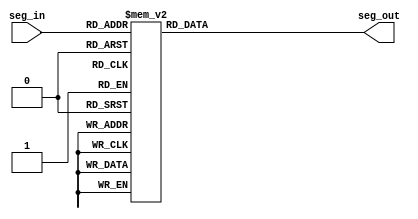
`timescale 1ns / 1ps
//////////////////////////////////////////////////////////////////////////////////
// Company: 
// Engineer: 
// 
// Design Name: 
// Module Name: seven_seg
// Project Name: 
// Target Devices: 
// Tool Versions: 
// Description: 
// 
// Dependencies: 
// 
// Revision:
// Revision 0.01 - File Created
// Additional Comments:
// 
//////////////////////////////////////////////////////////////////////////////////


module seven_seg(
    input [3:0] seg_in,
    output reg [7:0] seg_out
    );
    
    always@(*) begin
    case(seg_in)
    4'b0000: seg_out <= 8'b00000011;//0
    4'b0001: seg_out <= 8'b10011111;
    4'b0010: seg_out <= 8'b00100101;
    4'b0011: seg_out <= 8'b00001101;
    4'b0100: seg_out <= 8'b10011001;
    4'b0101: seg_out <= 8'b01001001;
    4'b0110: seg_out <= 8'b01000001;
    4'b0111: seg_out <= 8'b00011111;
    4'b1000: seg_out <= 8'b00000001;   
    4'b1001: seg_out <= 8'b00001001;
    4'b1010: seg_out <= 8'b00010001;//A
    4'b1011: seg_out <= 8'b11000001;//b
    4'b1100: seg_out <= 8'b01100011;//C
    4'b1101: seg_out <= 8'b10000101;//d
    4'b1110: seg_out <= 8'b01100001;//E
    4'b1111: seg_out <= 8'b01110001;//F
    default: seg_out <= 8'b00000011;
    endcase
    end
endmodule